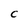
Character: C